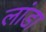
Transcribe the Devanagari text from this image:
लांडा